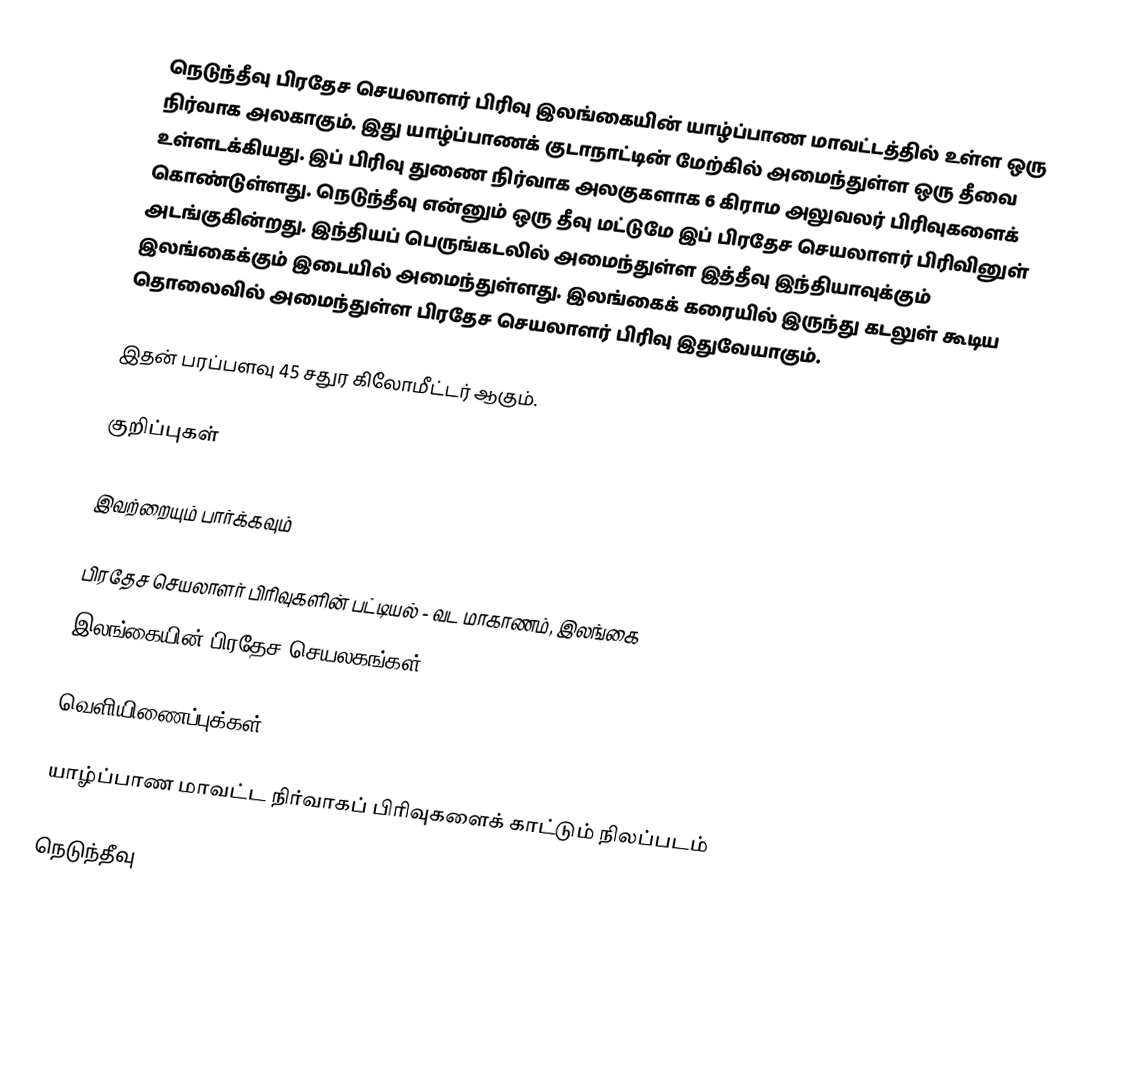
நெடுந்தீவு பிரதேச செயலாளர் பிரிவு இலங்கையின் யாழ்ப்பாண மாவட்டத்தில் உள்ள ஒரு நிர்வாக அலகாகும். இது யாழ்ப்பாணக் குடாநாட்டின் மேற்கில் அமைந்துள்ள ஒரு தீவை உள்ளடக்கியது. இப் பிரிவு துணை நிர்வாக அலகுகளாக 6 கிராம அலுவலர் பிரிவுகளைக் கொண்டுள்ளது. நெடுந்தீவு என்னும் ஒரு தீவு மட்டுமே இப் பிரதேச செயலாளர் பிரிவினுள் அடங்குகின்றது. இந்தியப் பெருங்கடலில் அமைந்துள்ள இத்தீவு இந்தியாவுக்கும் இலங்கைக்கும் இடையில் அமைந்துள்ளது. இலங்கைக் கரையில் இருந்து கடலுள் கூடிய தொலைவில் அமைந்துள்ள பிரதேச செயலாளர் பிரிவு இதுவேயாகும்.

இதன் பரப்பளவு 45 சதுர கிலோமீட்டர் ஆகும்.

குறிப்புகள்

இவற்றையும் பார்க்கவும்

 பிரதேச செயலாளர் பிரிவுகளின் பட்டியல் - வட மாகாணம், இலங்கை
 இலங்கையின் பிரதேச செயலகங்கள்

வெளியிணைப்புக்கள்

 யாழ்ப்பாண மாவட்ட நிர்வாகப் பிரிவுகளைக் காட்டும் நிலப்படம்

நெடுந்தீவு